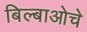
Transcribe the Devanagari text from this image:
बिल्बाओचे